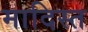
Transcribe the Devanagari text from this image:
मादिस्त